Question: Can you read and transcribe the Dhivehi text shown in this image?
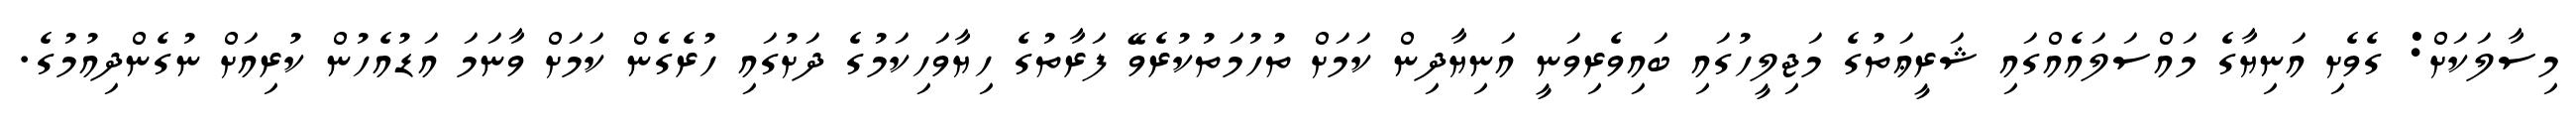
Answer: މިސާލަކަށް: ގެވެށި އަނިޔާގެ މައްސަލައެއްގައި ޝަރީޢަތުގެ މަޖިލީހުގައި ބައިވެރިވަނީ އަނިޔާދިން ކަމަށް ތުހުމަތުކުރެވޭ ފަރާތުގެ ހިޔާވަހިކަމުގެ ދަށުގައި ހުރެގެން ކަމަށް ވާނަމަ އަޑުއެހުން ކުރިއަށް ނުގެންދިއުމުގެ.